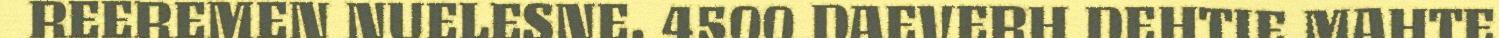
REEREMEN NUELESNE. 4500 DAEVERH DEHTIE MAHTE